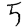
Digit: 5